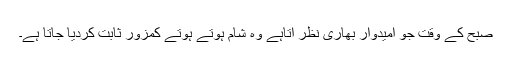
صبح کے وقت جو امیدوار بھاری نظر آتاہے وہ شام ہوتے ہوتے کمزور ثابت کردیا جاتا ہے۔